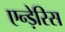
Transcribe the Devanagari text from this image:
एन्ड़ेरिस